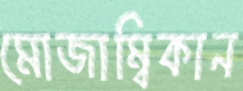
মোজাম্বিকান